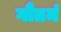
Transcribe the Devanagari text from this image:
गौतमं